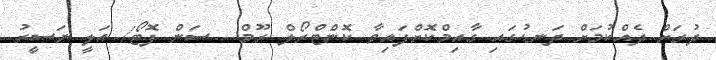
ދުރަށް ދެއްކުމަށް ދަނޑުގައި ގާއިމްކޮށްފައިވާ ކޮންޓްރޯލް ރޫމް-- ސަން ފޮޓޯ/ އަލީ ނަސީރު